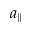
a _ { \| }